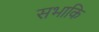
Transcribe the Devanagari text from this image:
सभाकि